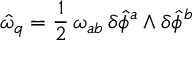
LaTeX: \hat { \omega } _ { q } = \frac { 1 } { 2 } \, \omega _ { a b } \, \delta \hat { \phi } ^ { a } \wedge \delta \hat { \phi } ^ { b }